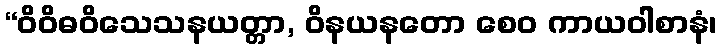
“ဝိဝိဓဝိသေသနယတ္တာ, ဝိနယနတော စေဝ ကာယဝါစာနံ၊